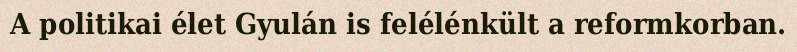
A politikai élet Gyulán is felélénkült a reformkorban.